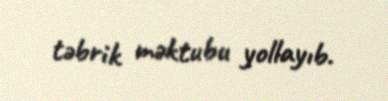
təbrik məktubu yollayıb.